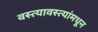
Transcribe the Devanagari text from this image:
वस्त्यावस्त्यांमधून